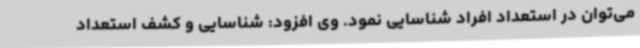
می‌توان در استعداد افراد شناسایی نمود. وی افزود: شناسایی و کشف استعداد